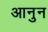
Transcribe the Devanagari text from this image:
आनुन